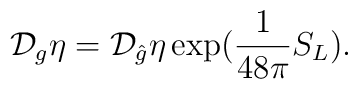
{\cal{D}}_{g} \eta = {\cal{D}}_{\hat{g}} \eta \exp(\frac{1}{48\pi} S_{L}).